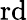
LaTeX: \mathrm{rd}